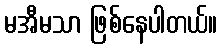
မအီမသာ ဖြစ်နေပါတယ်။